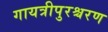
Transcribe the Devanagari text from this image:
गायत्रीपुरश्चरण